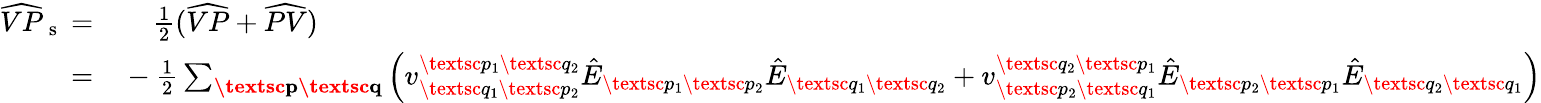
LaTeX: \begin{array}{rl}{\widehat{VP}_{\mathrm{~s~}}=}&{{}\; \; \; \; \frac{1}{2}(\widehat{VP}+\widehat{PV})}\\ {=}&{{}-\frac{1}{2}\sum_{\textbf{\textsc{p}}\textbf{\textsc{q}}}\left(v_{\textsc{q}_{1}\textsc{p}_{2}}^{\textsc{p}_{1}\textsc{q}_{2}}\hat{E}_{\textsc{p}_{1}\textsc{p}_{2}}\hat{E}_{\textsc{q}_{1}\textsc{q}_{2}}+v_{\textsc{p}_{2}\textsc{q}_{1}}^{\textsc{q}_{2}\textsc{p}_{1}}\hat{E}_{\textsc{p}_{2}\textsc{p}_{1}}\hat{E}_{\textsc{q}_{2}\textsc{q}_{1}}\right)}\end{array}